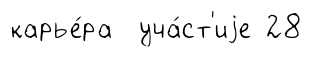
карье́ра уча́ст'иjе 28